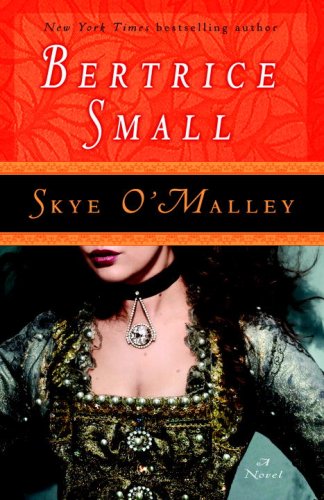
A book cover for Skye O'Malley: A Novel; Bertrice Small; Romance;